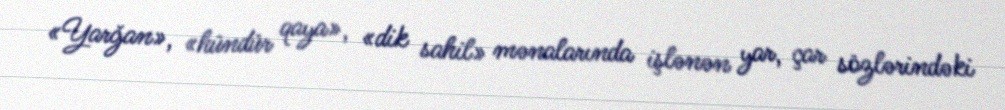
«Yarğan», «hündür qaya», «dik sahil» mənalarında işlənən yar, çar sözlərindəki